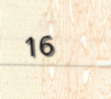
16